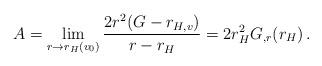
LaTeX: \begin{align*}A = \lim_{r \rightarrow r_H(v_0)}\frac{2r^2(G -r_{H,v})}{r -r_H} = 2r_H^2G_{,r}(r_H) \, .\end{align*}